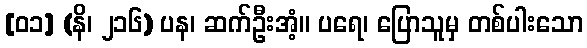
[၀၁] (နိ၊ ၂၁၆) ပန၊ ဆက်ဦးအံ့။ ပရေ၊ ပြောသူမှ တစ်ပါးသော